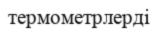
термометрлерді